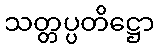
သတ္တပ္ပတိဋ္ဌော